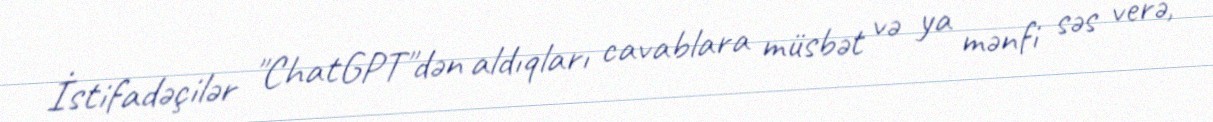
İstifadəçilər "ChatGPT"dən aldıqları cavablara müsbət və ya mənfi səs verə,